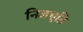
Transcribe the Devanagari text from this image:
निजधृति